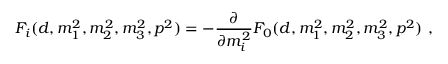
F _ { i } ( d , m _ { 1 } ^ { 2 } , m _ { 2 } ^ { 2 } , m _ { 3 } ^ { 2 } , p ^ { 2 } ) = - \frac { \partial } { \partial m _ { i } ^ { 2 } } F _ { 0 } ( d , m _ { 1 } ^ { 2 } , m _ { 2 } ^ { 2 } , m _ { 3 } ^ { 2 } , p ^ { 2 } ) \ ,